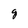
Character: g